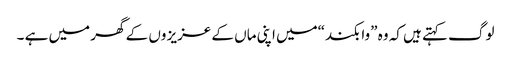
لوگ کہتے ہیں کہ وہ ”وا بکند“میں اپنی ماں کے عزیز وں کے گھر میں ہے ۔